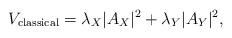
\begin{align*}V_{\rm classical} = \lambda_X |A_X|^2 + \lambda_Y |A_Y|^2,\end{align*}